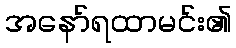
အနော်ရထာမင်း၏